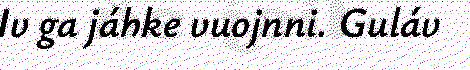
Iv ga jáhke vuojnni. Guláv